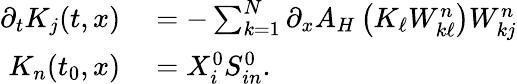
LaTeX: \begin{array}{rl}{\partial_{t}K_{j}(t,x)}&{{}=-\sum_{k=1}^{N}\partial_{x}A_{H}\left(K_{\ell}W_{k\ell}^{n}\right)W_{kj}^{n}}\\ {K_{n}(t_{0},x)}&{{}=X_{i}^{0}S_{in}^{0}.}\end{array}